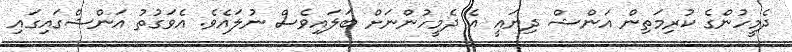
ދެމީހުންގެ ކުރިމަތިން އަންޝް ދިޔައީ އެ ދެމީހުންނަށް ބަލައިވެސް ނުލައެވެ. އެވަގުތު އަންޝްގައިގައި